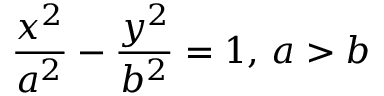
{ \frac { x ^ { 2 } } { a ^ { 2 } } } - { \frac { y ^ { 2 } } { b ^ { 2 } } } = 1 , \, a > b